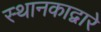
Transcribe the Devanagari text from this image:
स्थानकाद्वारे